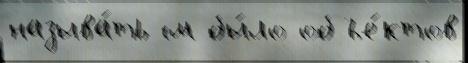
называ́ть см бы́ло объе́ктов